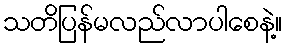
သတိပြန်မလည်လာပါစေနဲ့။